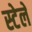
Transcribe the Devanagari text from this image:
स्टेले